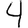
Digit: 4